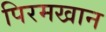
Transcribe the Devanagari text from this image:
पिरमखान